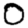
Digit: 0